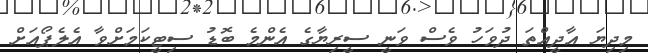
މިދިޔަ އާދީއްތަ ދުވަހު ވެސް ވަނީ ސީރިޔާގެ އެންމެ ބޮޑު ސިޓީކަމަށްވާ އެލެޕޯއަށް